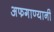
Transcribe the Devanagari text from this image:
अफगाण्यानी